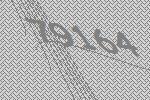
79164